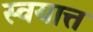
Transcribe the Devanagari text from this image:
स्वयात्त